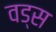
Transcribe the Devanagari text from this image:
वड्स